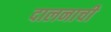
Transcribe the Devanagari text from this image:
दालनाची